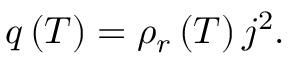
q \left( T \right) = { \rho _ { r } } \left( T \right) { j ^ { 2 } } .